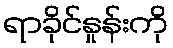
ရာခိုင်နှုန်းကို